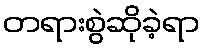
တရားစွဲဆိုခဲ့ရာ